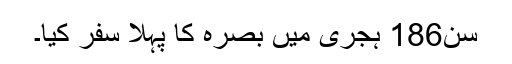
سن186 ہجری میں بصرہ کا پہلا سفر کیا۔